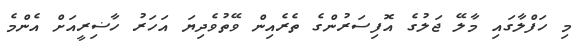
މި ހަފްލާގައި މާލޭ ޖަލުގެ އޮފިސަރުންގެ ތެރެއިން ވޭތުވެދިޔަ އަހަރު ހާޟިރީއަށް އެންމެ